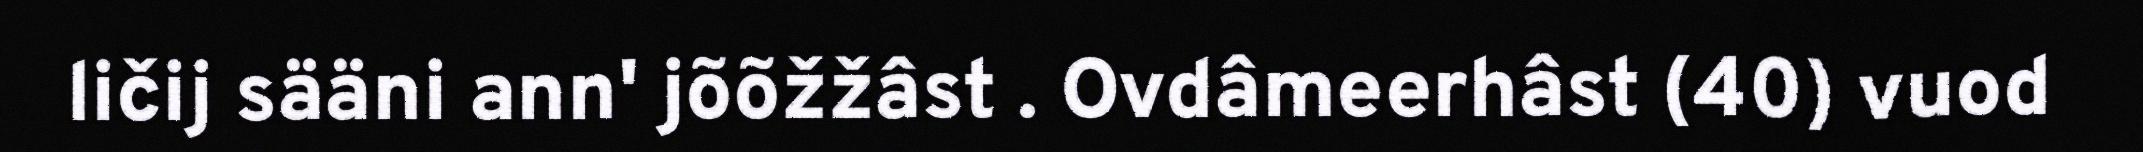
ličij sääni ann' jõõžžâst . Ovdâmeerhâst (40) vuod